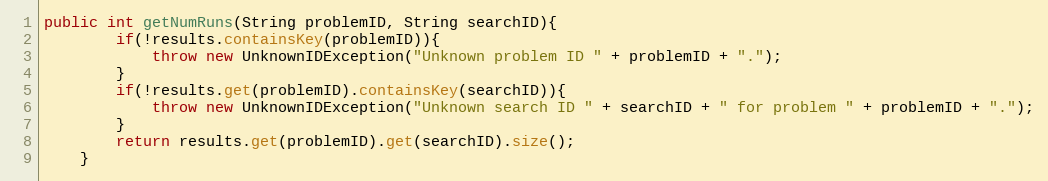
Language: Java
public int getNumRuns(String problemID, String searchID){
        if(!results.containsKey(problemID)){
            throw new UnknownIDException("Unknown problem ID " + problemID + ".");
        }
        if(!results.get(problemID).containsKey(searchID)){
            throw new UnknownIDException("Unknown search ID " + searchID + " for problem " + problemID + ".");
        }
        return results.get(problemID).get(searchID).size();
    }